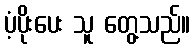
ပံ့ပိုးပေး သူ တွေ့သည်။